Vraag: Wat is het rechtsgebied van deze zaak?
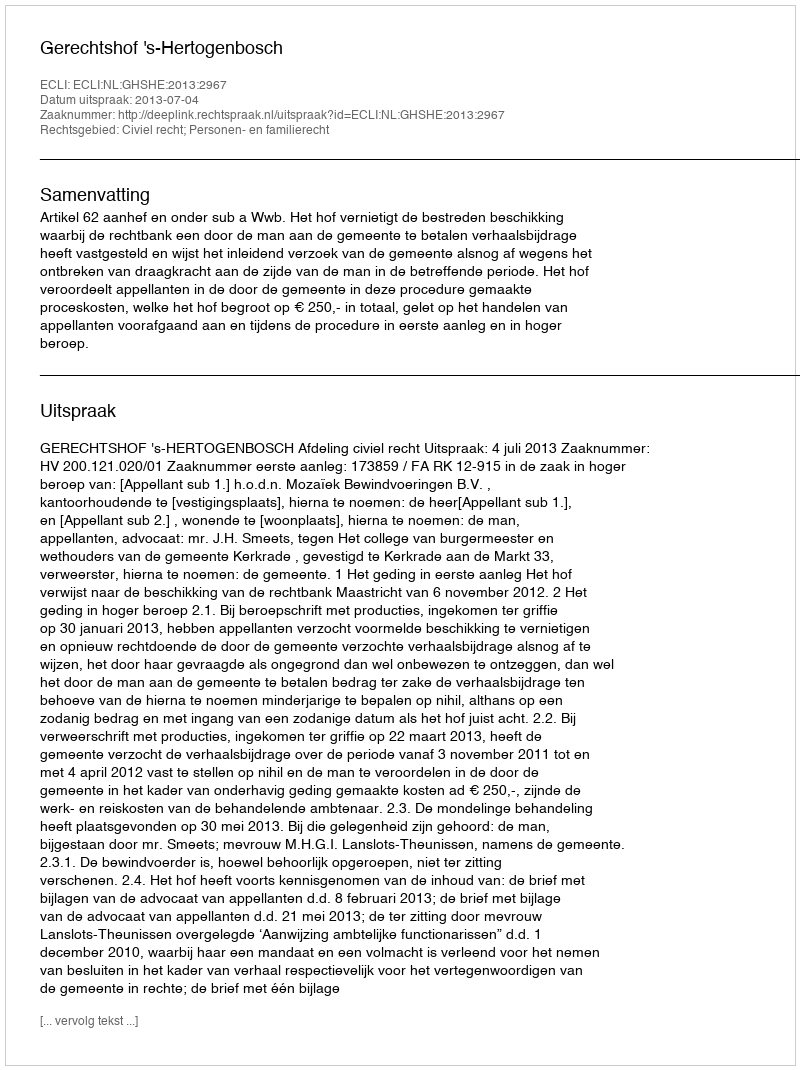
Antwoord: Civiel recht; Personen- en familierecht